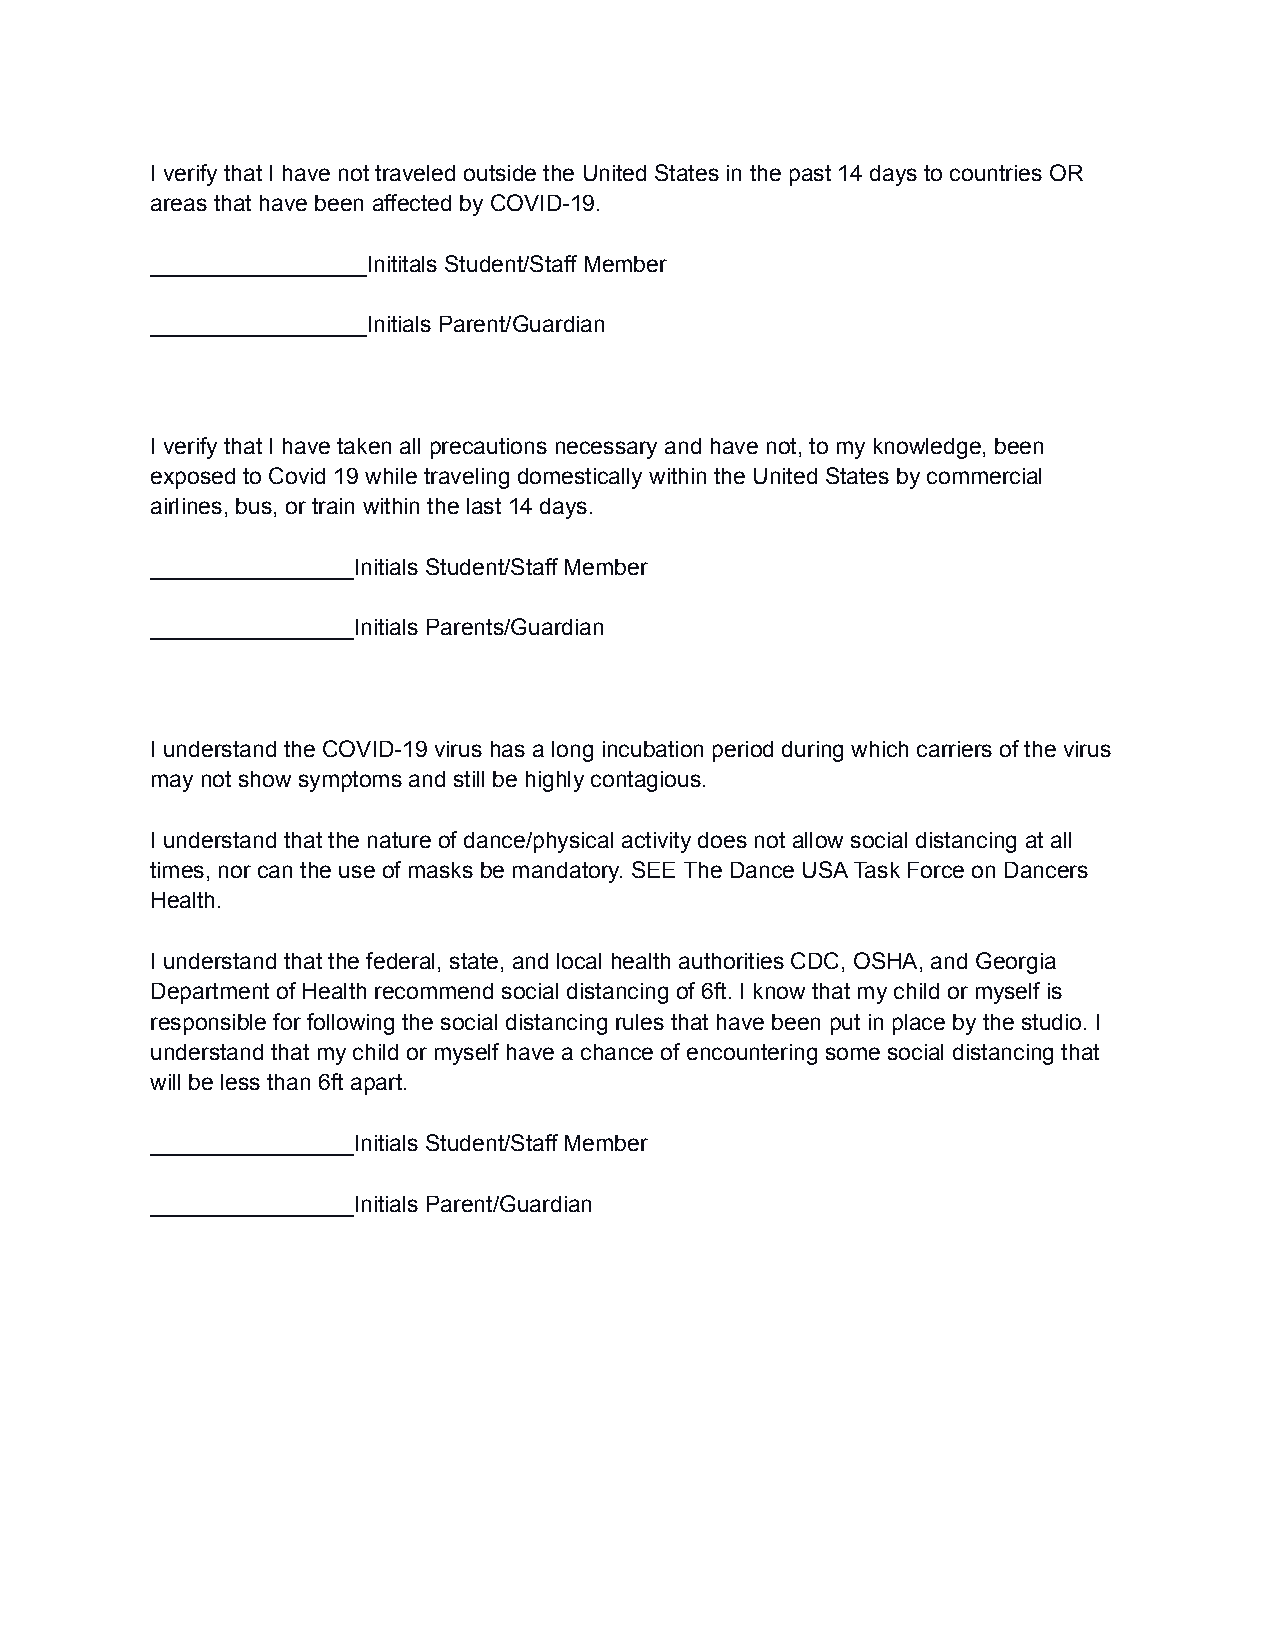
I verify that I have not traveled outside the United States in the past 14 days to countries OR
 areas that have been affected by COVID-19.
 _________________Inititals Student/Staff Member
 _________________Initials Parent/Guardian
 I verify that I have taken all precautions necessary and have not, to my knowledge, been
 exposed to Covid 19 while traveling domestically within the United States by commercial
 airlines, bus, or train within the last 14 days.
 ________________Initials Student/Staff Member
 ________________Initials Parents/Guardian
 I understand the COVID-19 virus has a long incubation period during which carriers of the virus
 may not show symptoms and still be highly contagious.
 I understand that the nature of dance/physical activity does not allow social distancing at all
 times, nor can the use of masks be mandatory. SEE The Dance USA Task Force on Dancers
 Health.
 I understand that the federal, state, and local health authorities CDC, OSHA, and Georgia
 Department of Health recommend social distancing of 6ft. I know that my child or myself is
 responsible for following the social distancing rules that have been put in place by the studio. I
 understand that my child or myself have a chance of encountering some social distancing that
 will be less than 6ft apart.
 ________________Initials Student/Staff Member
 ________________Initials Parent/Guardian